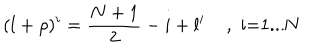
( l + \rho ) ^ { i } = \frac { N + 1 } { 2 } - i + l ^ { i } \; \mathrm { , ~ i = 1 . . . N ~ }